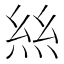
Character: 𢇁